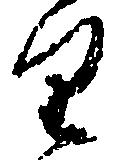
里